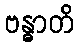
ဗန္ဓာတိ